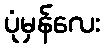
ပုံမှန်လေး